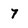
Character: 7